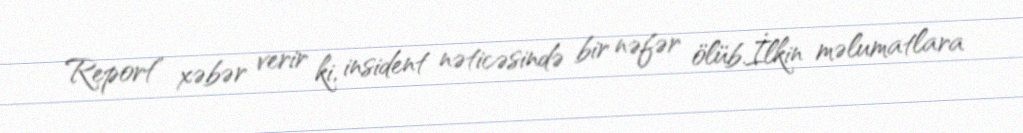
Report" xəbər verir ki, insident nəticəsində bir nəfər ölüb.İlkin məlumatlara